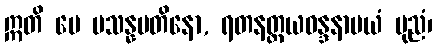
ဣတိ မေ ပသန္နမတိနော, ရတနတ္တယဝန္ဒနာမယံ ပုညံ၊